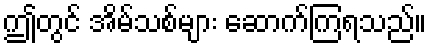
ဤတွင် အိမ်သစ်များ ဆောက်ကြရသည်။